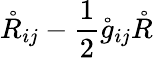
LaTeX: \mathring{R}_{ij}-\frac 12\mathring{g}_{ij}\mathring{R}